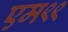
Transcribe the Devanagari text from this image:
एम९९